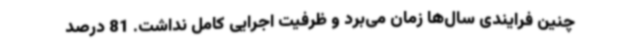
چنین فرایندی سال‌ها زمان می‌برد و ظرفیت اجرایی کامل نداشت. 81 درصد